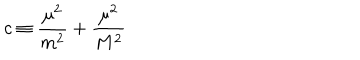
c \equiv \frac { \mu ^ { 2 } } { m ^ { 2 } } + \frac { \mu ^ { 2 } } { M ^ { 2 } }